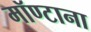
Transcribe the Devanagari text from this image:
मॉण्टाना